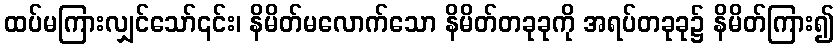
ထပ်မကြားလျှင်သော်၎င်း၊ နိမိတ်မလောက်သော နိမိတ်တခုခုကို အရပ်တခုခု၌ နိမိတ်ကြား၍